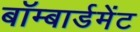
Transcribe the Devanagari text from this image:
बॉम्बार्डमेंट